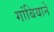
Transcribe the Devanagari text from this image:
गांबियाने